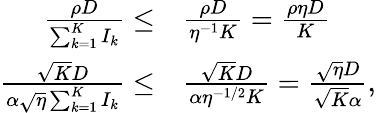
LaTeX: \begin{array}{rl}{\frac{\rho D}{\sum_{k=1}^{K}I_{k}}\leq}&{\frac{\rho D}{\eta^{-1}K}=\frac{\rho\eta D}{K}}\\ {\frac{\sqrt{K}D}{\alpha\sqrt{\eta}\sum_{k=1}^{K}I_{k}}\leq}&{\frac{\sqrt{K}D}{\alpha\eta^{-1/2}K}=\frac{\sqrt{\eta}D}{\sqrt{K}\alpha},}\end{array}